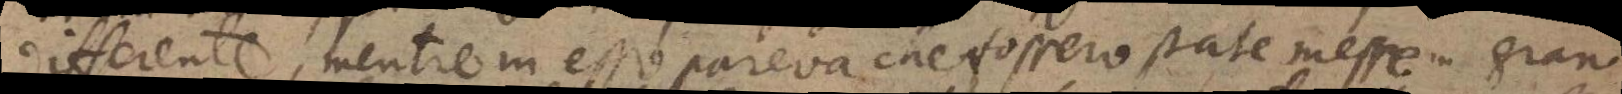
differente, mentre in esso pareva che fossero state messe in gran